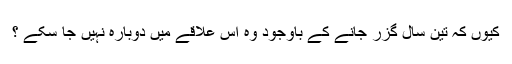
کیوں کہ تین سال گزر جانے کے باوجود وہ اس علاقے میں دوبارہ نہیں جا سکے ؟